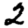
Digit: 2